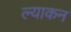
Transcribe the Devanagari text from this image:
ल्याकन